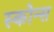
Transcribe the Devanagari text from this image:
स्कोन्स